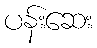
ပန်းဆေး